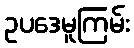
ဥပဒေမူကြမ်း